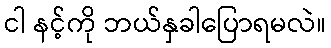
ငါ နင့်ကို ဘယ်နှခါပြောရမလဲ။